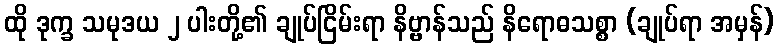
ထို ဒုက္ခ သမုဒယ ၂ ပါးတို့၏ ချုပ်ငြိမ်းရာ နိဗ္ဗာန်သည် နိရောဓသစ္စာ (ချုပ်ရာ အမှန်)